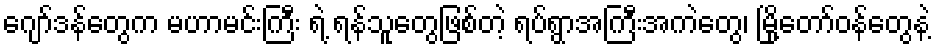
ဂျော်ဒန်တွေက မဟာမင်းကြီး ရဲ့ ရန်သူတွေဖြစ်တဲ့ ရပ်ရွာအကြီးအကဲတွေ၊ မြို့တော်ဝန်တွေနဲ့